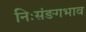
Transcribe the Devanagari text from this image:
निःसंङगभाव